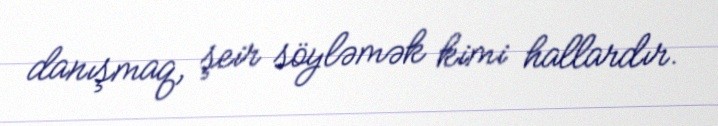
danışmaq, şeir söyləmək kimi hallardır.